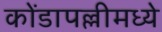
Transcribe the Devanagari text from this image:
कोंडापल्लीमध्ये